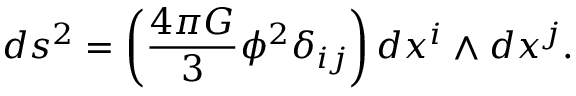
d s ^ { 2 } = \left( \frac { 4 \pi G } { 3 } \phi ^ { 2 } \delta _ { i j } \right) d x ^ { i } \wedge d x ^ { j } .